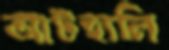
আটহালি